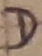
Text: D